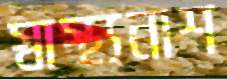
স্বাস্থ্যনাশ